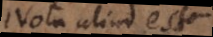
Nota aliud est